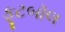
ફૂટબૉલ